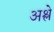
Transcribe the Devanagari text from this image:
अश्ले